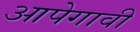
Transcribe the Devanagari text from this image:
आपेगावी